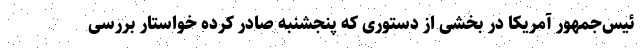
ئیس‌جمهور آمریکا در بخشی از دستوری که پنجشنبه صادر کرده خواستار بررسی